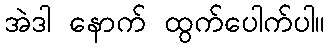
အဲဒါ နောက် ထွက်ပေါက်ပါ။